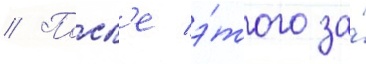
// Посл'е э́того за́